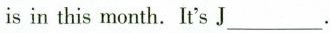
is in this month. It's J___.